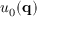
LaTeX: u _ { 0 } ( \mathbf { q } )